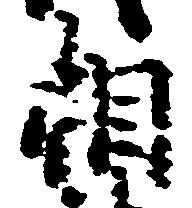
相